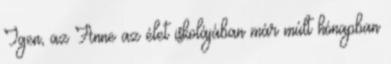
Igen, az Anne az élet iskolájában már múlt hónapban